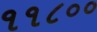
૧૧૮૦૦